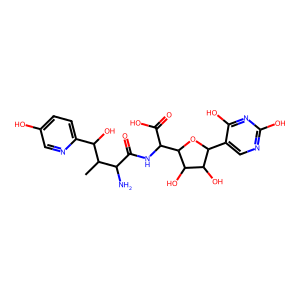
SMILES: CC(C(N)C(=O)NC(C(=O)O)C1OC(c2cnc(O)nc2O)C(O)C1O)C(O)c1ccc(O)cn1
Inhibits HIV replication: No